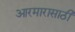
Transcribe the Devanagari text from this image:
आरमारासाठी